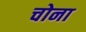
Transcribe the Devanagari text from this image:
चोना